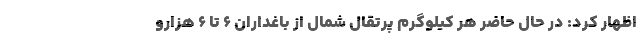
اظهار کرد: در حال حاضر هر کیلوگرم پرتقال شمال از باغداران 6 تا 6 هزارو